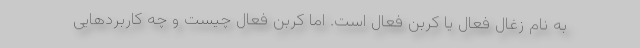
به نام زغال فعال یا کربن فعال است. اما کربن فعال چیست و چه کاربردهایی